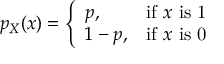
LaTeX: p _ { X } ( x ) = { \left\{ \begin{array} { l l } { p , } & { { \mathrm { i f ~ } } x { \mathrm { ~ i s ~ 1 } } } \\ { 1 - p , } & { { \mathrm { i f ~ } } x { \mathrm { ~ i s ~ 0 } } } \end{array} \right. }